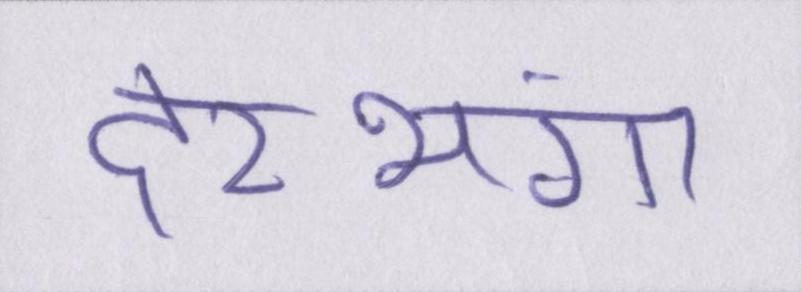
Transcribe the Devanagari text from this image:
दरभंगा